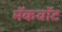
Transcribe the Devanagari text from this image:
मॅकवॉट